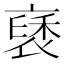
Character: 褎